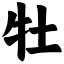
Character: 牡